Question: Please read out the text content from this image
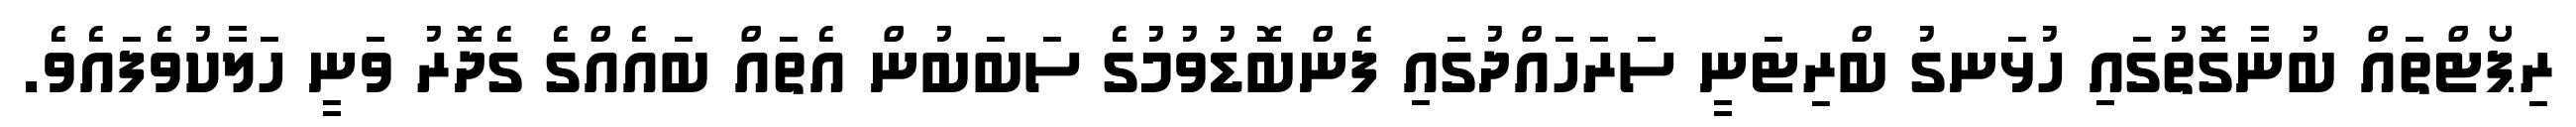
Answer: ރިޕޯޓްތައް ބުނާގޮތުގައި ހުޅަނގު ބްރިޓަނީ ސަރަހައްދުގައި ފެންބޮޑުވުމުގެ ސަބަބުން އެތައް ބައެއްގެ ގެދޮރު ވަނީ ހަލާކުވެފައެވެ.